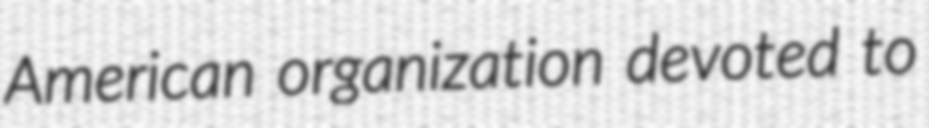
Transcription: American organization devoted to